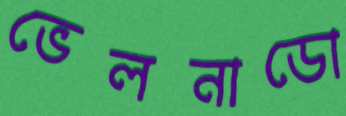
ভেলনাডো